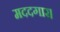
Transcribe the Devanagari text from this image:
मददगार।